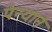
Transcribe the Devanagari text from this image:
पेन्याने